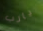
يارب